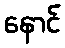
နောင်